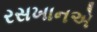
રસખાનએ